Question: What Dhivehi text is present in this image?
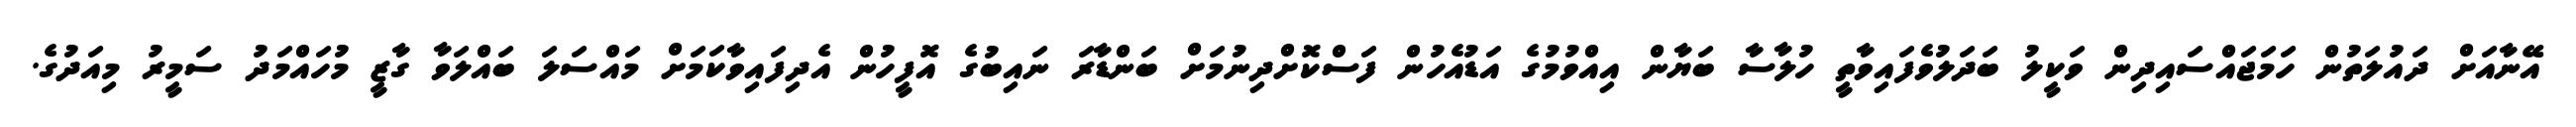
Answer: އޭނާއަށް ދައުލަތުން ހަމަޖައްސައިދިން ވަކީލު ބަދަލުވެފައިވާތީ ހުލާސާ ބަޔާން އިއްވުމުގެ އަޑުއެހުން ފަސްކޮށްދިނުމަށް ބަންޑާރަ ނައިބުގެ އޮފީހުން އެދިފައިވާކަމަށް މައްސަލަ ބައްލަވާ ގާޒީ މުހައްމަދު ސަމީރު މިއަދުގެ.